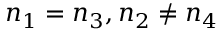
n _ { 1 } = n _ { 3 } , n _ { 2 } \neq n _ { 4 }